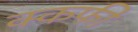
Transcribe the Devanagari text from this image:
क्कफी